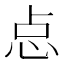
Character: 㤐